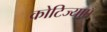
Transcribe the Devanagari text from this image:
कोटिज्याएँ